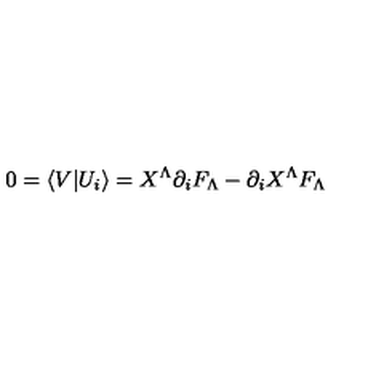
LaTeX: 0 = \langle V \vert U _ { i } \rangle = X ^ { \Lambda } \partial _ { i } F _ { \Lambda } - \partial _ { i } X ^ { \Lambda } F _ { \Lambda }